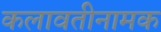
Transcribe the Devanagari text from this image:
कलावतीनामक